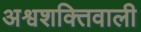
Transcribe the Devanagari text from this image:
अश्वशक्तिवाली